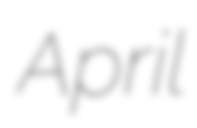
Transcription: April